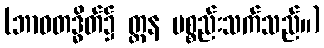
(ဘာဝတဒ္ဓိတ်၌ တ္တန ပစ္စည်းသက်သည်။)